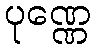
ပုဏ္ဏေ